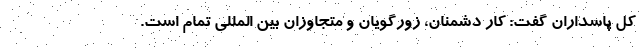
کل پاسداران گفت: کار دشمنان، زورگویان و متجاوزان بین المللی تمام است.